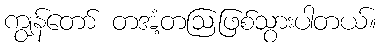
ကျွန်တော် တအံ့တဩဖြစ်သွားပါတယ်။